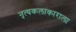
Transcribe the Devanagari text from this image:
नृत्यकलाकाराला